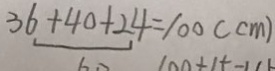
\frac { 3 6 + 4 0 + 2 4 } { 6 0 } = 1 0 0 ( c m )